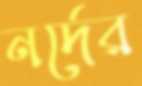
নর্দের